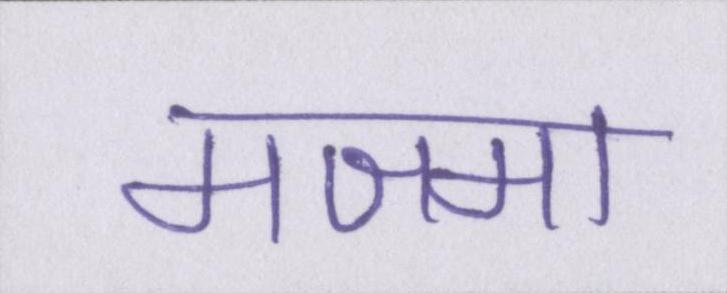
मजमा